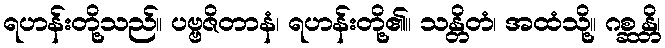
ရဟန်းတို့သည်။ ပဗ္ဗဇိတာနံ၊ ရဟန်းတို့၏။ သန္တိတံ၊ အထံသို့။ ဂစ္ဆန္တိ၊